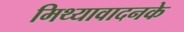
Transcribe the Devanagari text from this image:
मिथ्यावादनके